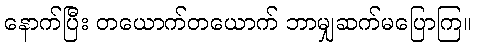
နောက်ပြီး တယောက်တယောက် ဘာမျှဆက်မပြောကြ။